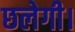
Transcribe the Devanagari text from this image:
छलेगी।